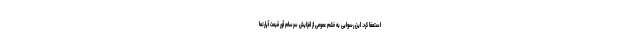
استعفا کرد. این رسوایی به خشم عمومی از افزایش سرسام آور قیمت آپارتما